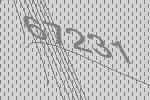
67231